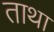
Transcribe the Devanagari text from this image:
ताथा